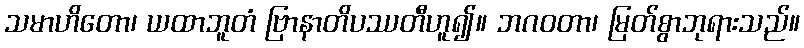
သမာဟိတော၊ ယထာဘူတံ ဗြာနာတိပဿတီဟူ၍။ ဘဂဝတာ၊ မြတ်စွာဘုရားသည်။